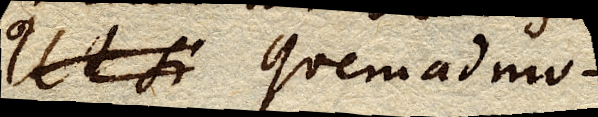
Ut si Quemadmo–